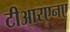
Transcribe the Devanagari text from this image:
टीआरएनए